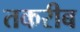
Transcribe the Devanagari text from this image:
तकरीब